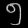
Digit: ၅